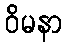
ဝိမနာ